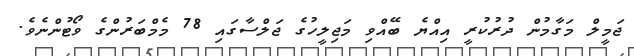
ޖަމީލް މަގާމުން ދުރުކުރީ އިއްޔެ ބޭއްވި މަޖިލީހުގެ ޖަލްސާގައި 78 މެމްބަރުންގެ ވޯޓުންނެވެ.